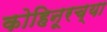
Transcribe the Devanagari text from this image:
कोहिनूरच्या